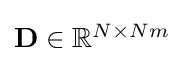
{\textstyle \mathbf {D} \in \mathbb {R} ^{N\times Nm}}